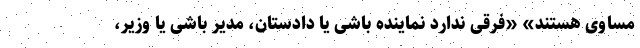
مساوی هستند» «فرقی ندارد نماینده باشی یا دادستان، مدیر باشی یا وزیر،